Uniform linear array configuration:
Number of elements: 16
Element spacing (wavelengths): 0.75
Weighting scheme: kaiser
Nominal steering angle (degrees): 45
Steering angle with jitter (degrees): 45.058
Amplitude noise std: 0.05
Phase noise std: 0.05

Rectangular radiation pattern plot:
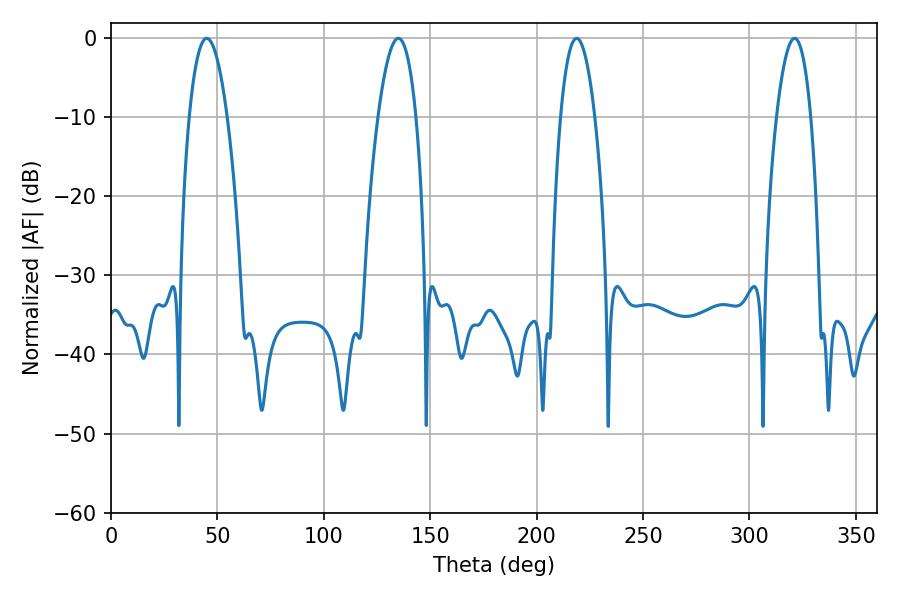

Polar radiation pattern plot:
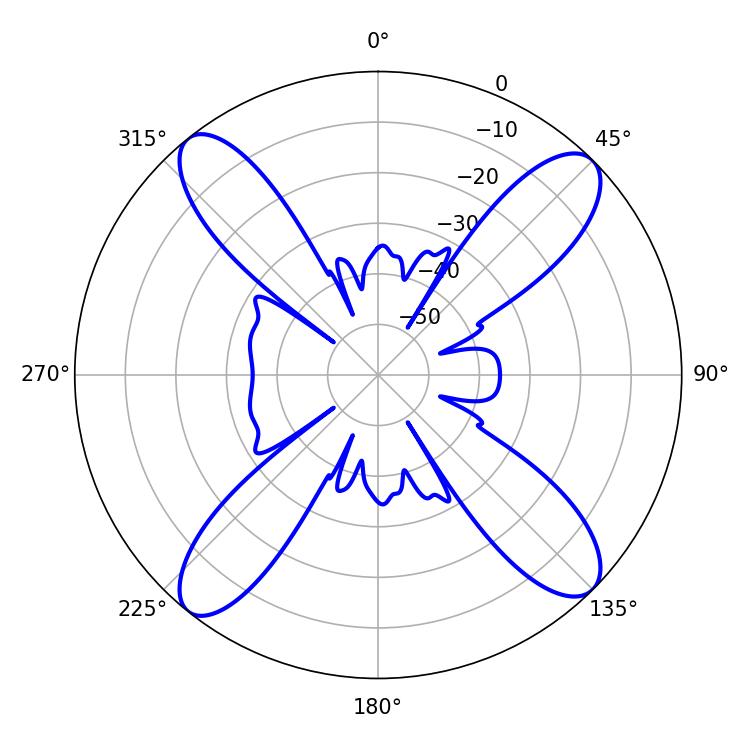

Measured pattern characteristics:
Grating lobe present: TRUE
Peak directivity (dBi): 15.859
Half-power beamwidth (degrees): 9.72
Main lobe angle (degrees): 45